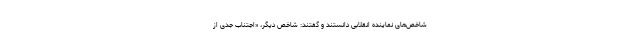
شاخص‌های نماینده انقلابی دانستند و گفتند: شاخص دیگر، «اجتناب جدی از